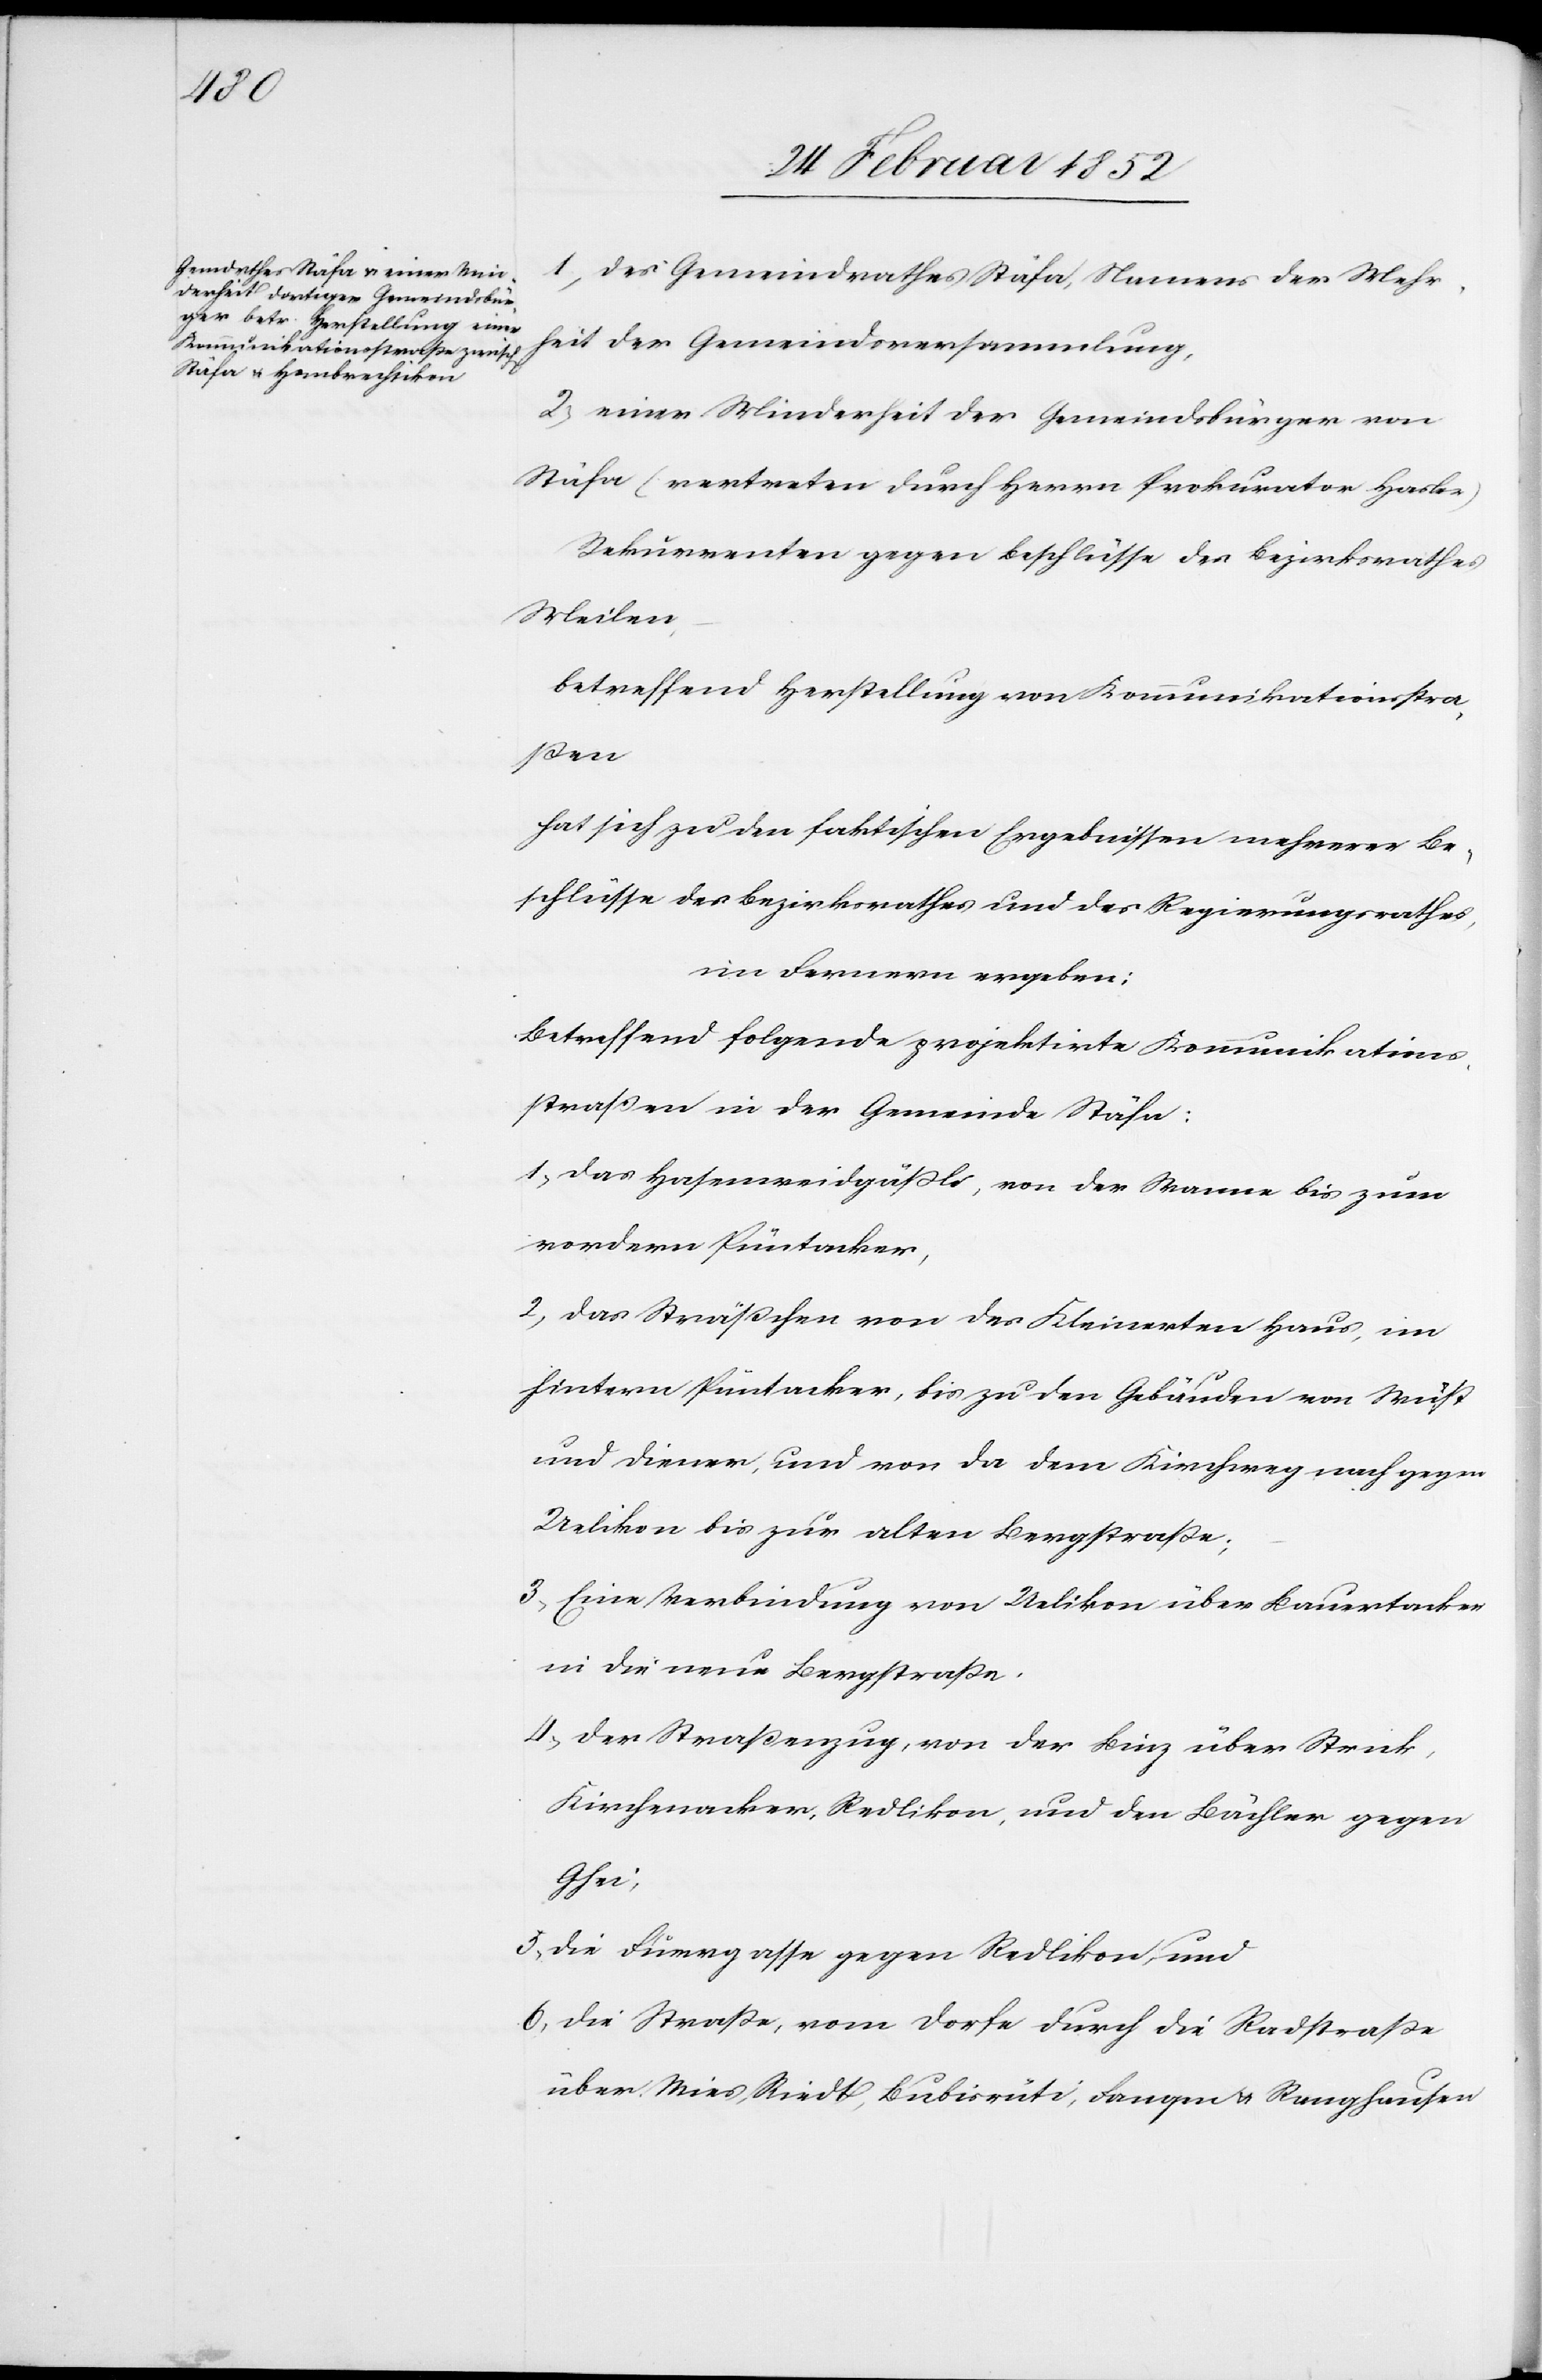
1) Des Gemeindrathes Stäfa, Namens der Mehr¬
heit der Gemeindsversammlung,
2) einer Minderheit der Gemeindsbürger von
Stäfa (vertreten durch Herrn Prokurator Hasler)
Rekurrenten gegen Beschlüsse des Bezirksrathes
Meilen,
betreffend Herstellung von Kommunikationsstra¬
ßen
hat sich zu den faktischen Ergebnissen mehrerer Be¬
schlüsse des Bezirksrathes und des Regierungsrathes,
im Fernern ergeben:
Betreffend folgende projektirte Kommunikations¬
straßen in der Gemeinde Stäfa:
1) Das Hasenweidgäßle, von der Wanne bis zum
vordern Püntacker,
2) das Sträßchen von des Kleinerten Haus, im
hintern Püntacker, bis zu den Gebäuden von Wüst
und Diener, und von da dem Kirchweg nach gegen
Uelikon bis zur alten Langstraße;
3) Eine Verbindung von Uelikon über Bauertacker
in die neue Lengstraße.
4) Der Straßenzug von der Binz über Strick,
Kirchenacker, Redlikon, und den Bächler gegen
Ghei,
5) Die Fumegasse gegen Redlikon, und
6) Die Straße, vom Dorfe durch die Radstraße
über Wies, Riedt, Bubisrüti, Fangen u. Ranghausen